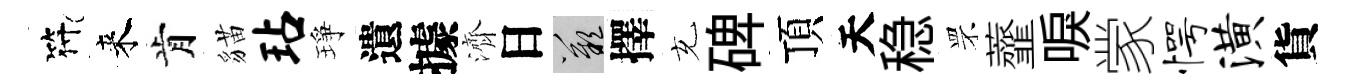
符来肯貓玷琤遺據濟日嘆擇充碑頂天稳罘虀唳䝉愕潢貨